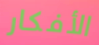
الأفكار